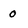
Character: 0